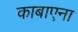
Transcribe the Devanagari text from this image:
काबाएना